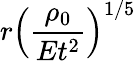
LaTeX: r\left({\frac{\rho_{0}}{Et^{2}}}\right)^{1/5}